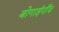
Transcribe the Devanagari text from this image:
बोगाईगाँव